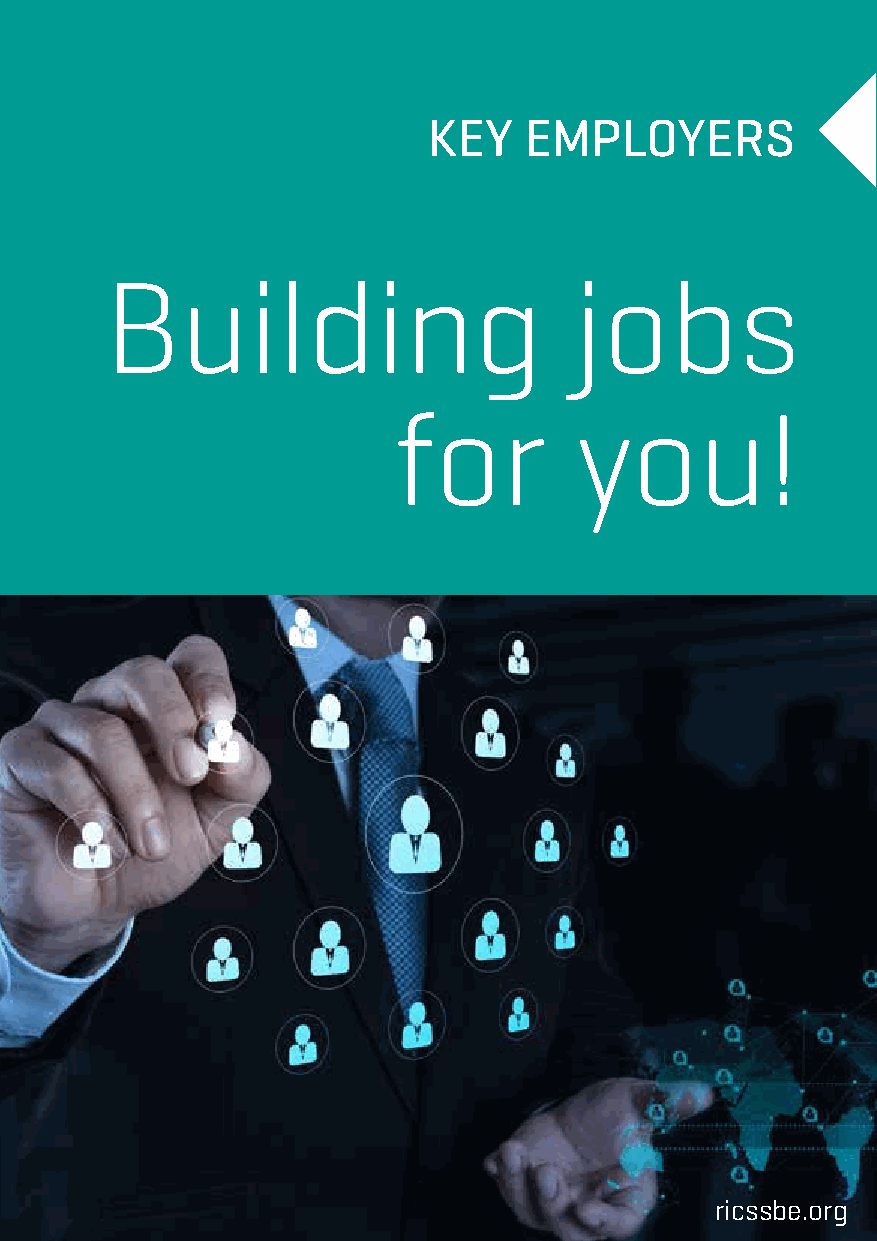
KEY    EMPLOYERS
 Building                       jobs
 for         you!
 ricssbe.org